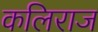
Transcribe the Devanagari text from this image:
कलिराज